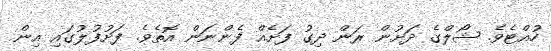
ހުއްޓެވެ. ޝޯލްގެ ދަށުން ރަން ދިގު ފަށެއް ފެންނަން އޮތެވެ. ފަށުފުލުގައި އިން